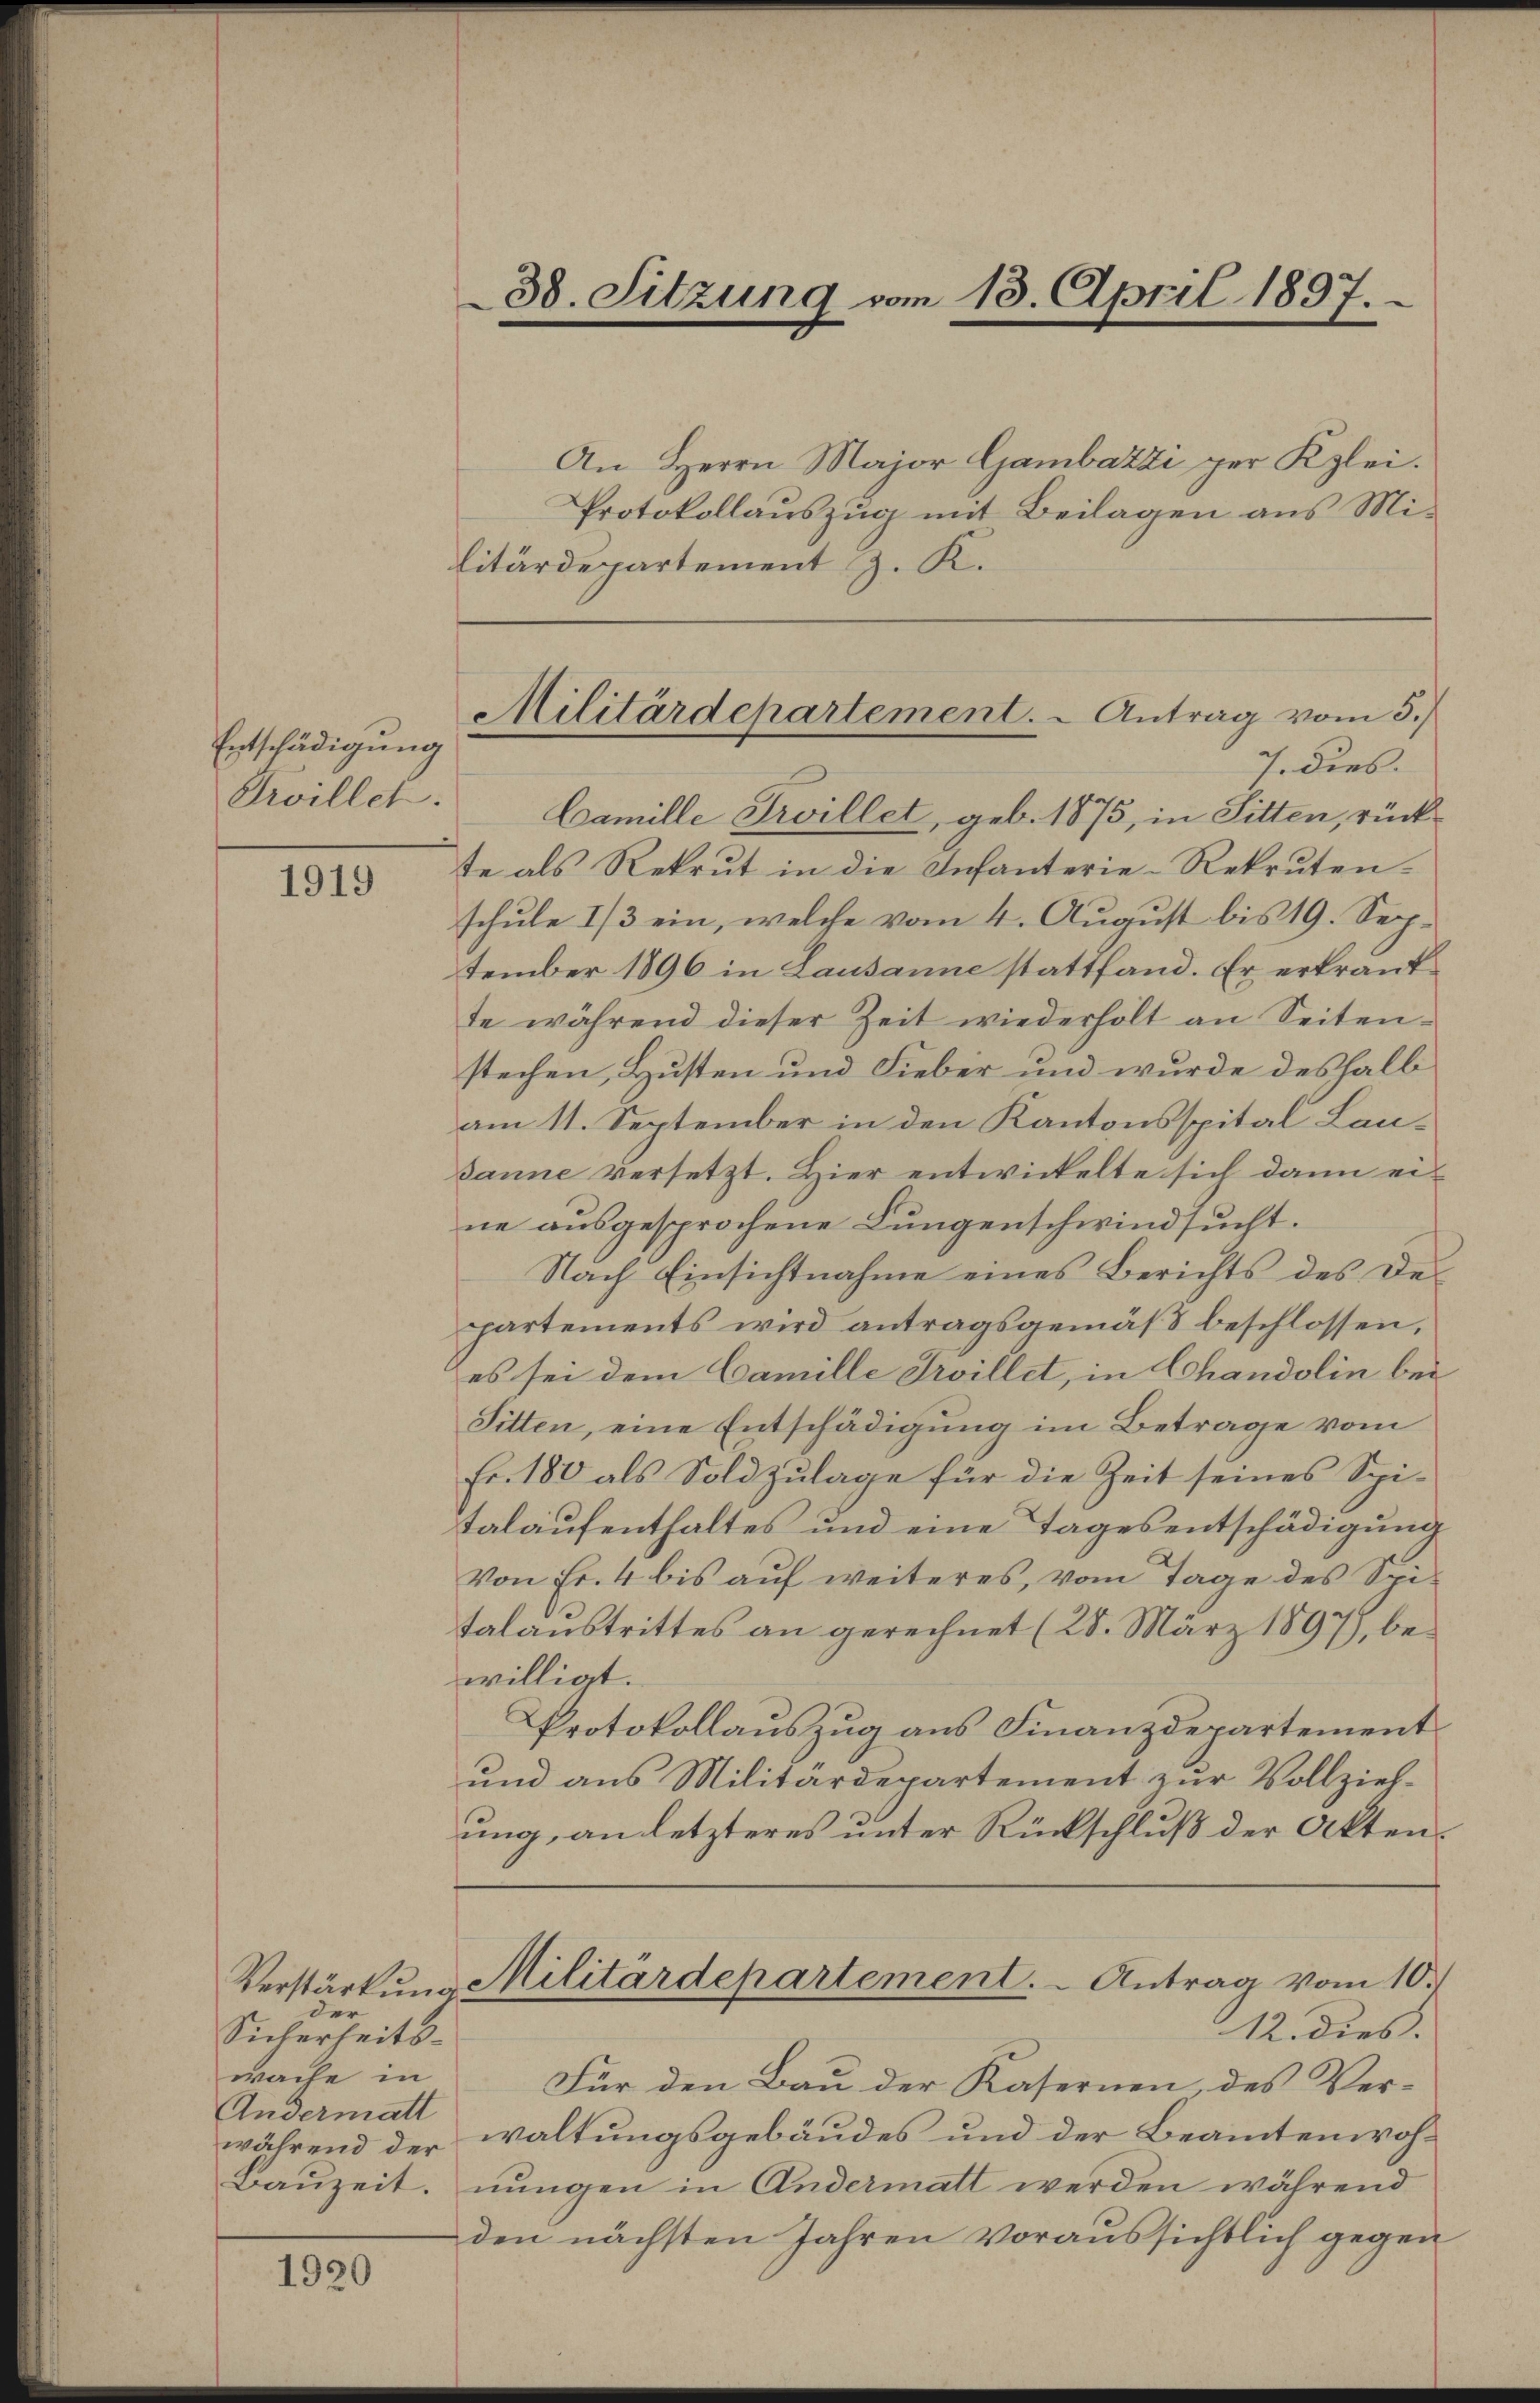
Entschädigung
Srvillet.

1919

er
Sicherheitswäche in
Andermatt
während der
Bauzeit.

1920

An Herrn Major Gambazzi per Klei.
Protokollauszug mit Beilagen aus Militärdepartement z. K.

38. Sitzung vom 13. April 1897.

Camille Troillet, geb. 1875, in Sitten, rückte als Rekrut in die Infanterie-Rekrutenschule 1/3 ein, welche vom 4. August bis 19. September 1896 in Lausanne stattfand. Er erkrantte während dieser Zeit wiederholt an Seitenstechen, Husten und Fieber und wurde deshalb
am 11. September in den Kantonsspital Lausanne versetzt. Hier entwickelte sich dann eine ausgesprochene Lungenschwindsucht.
Nach Einsichtnahme eines Berichts des Departements wird antragsgemäß beschlossen,
es sei dem Camille Trvillet, in Chandolin bei
Sitten, eine Entschädigung im Betrage vom
Fr. 180 als Sold zulage für die Zeit seines Spi-
talaufenthaltes und eine Tagesentschädigung
Von Fr. 4 bis auf weiteres, vom Tage des Spitalaustrittes an gerechnet (28. März 1897), bewilligt.
Protokollauszug aus Finanzdepartement
und aus Militärdepartement zur Vollziehung, an letzteres unter Rückschluß der Akten.
Verstärkung Militärdepartement. - Antrag vom 10.
12. dies
Für den Bau der Kasernen, des Verwaltungsgebäudes und der Beamtenwohnungen in Andermatt werden während
den nächsten Jahren voraussichtlich gegen

Militärdepartement. - Antrag vom 5.)
7. dies